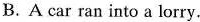
B.A car ran into a lorry.